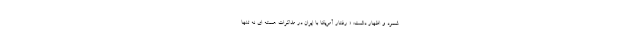
شمرد و اظهار داشت: « رفتار آمریکا با ایران در مذاکرات هسته ای نه تنها